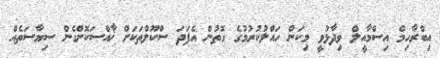
އިބްރާހިމް އިސްމާއީލް ވިދާޅުވީ މިކަން ހައްލުކުރުމުގެ ގޮތުން އެފަދަ ސްކޫލްތަކަށް ޚާއްސަކޮށްގެން ސިޔާސަތެއް